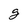
Character: g